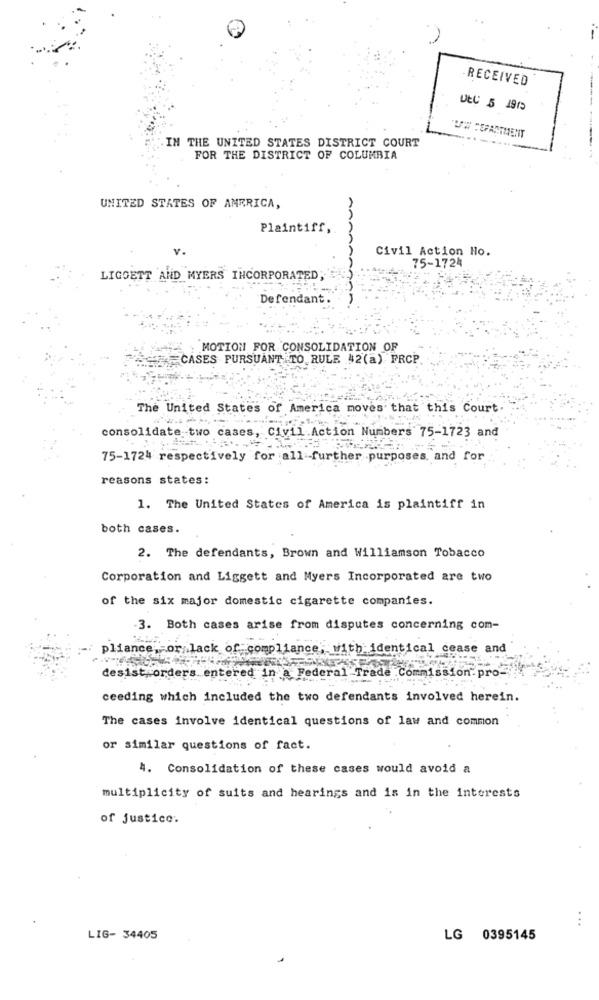
RECEIVED
DEC 5 1975
IN THE UNITED STATES DISTRICT COURT
UW :EFARTMENT
FOR THE DISTRICT OF COLUMBIA
UNITED STATES OF AMERICA,
Plaintiff,
v.
annan
Civil Action Ho.
75-1724
LIGOETT AND MYERS INCORPORATED;
Defendant.
MOTION FOR CONSOLIDATION OF
CASES PURSUANT TO RULE 42(a) FRCP
The United States of America moves that this Court.
consolidate two cases, Civil.Action Numbers 75-1723 and
75-1724 respectively for all further purposes, and for
reasons states:
1. The United States of America is plaintiff in
both cases.
2. The defendants, Brown and Williamson Tobacco
Corporation and Liggett and Myers Incorporated are two
of the six major domestic cigarette companies.
3. Both cases arise from disputes concerning com-
pliance, or lack of compliance, with identical cease and
desist orders entered in a Federal Trade Commission. pro-
ceeding which included the two defendants involved herein.
The cases involve identical questions of law and common
or similar questions of fact.
4. Consolidation of these cases would avoid a
multiplicity of suits and hearings and is in the interests
of justice.
...
LIG- 34405
LG 0395145